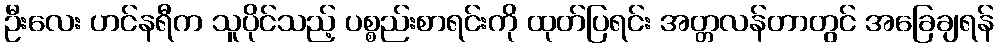
ဦးလေး ဟင်နရီက သူပိုင်သည့် ပစ္စည်းစာရင်းကို ထုတ်ပြရင်း အတ္တလန်တာတွင် အခြေချရန်